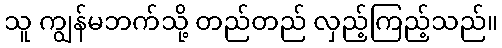
သူ ကျွန်မဘက်သို့ တည်တည် လှည့်ကြည့်သည်။